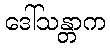
ဒေါ်သန္တာက